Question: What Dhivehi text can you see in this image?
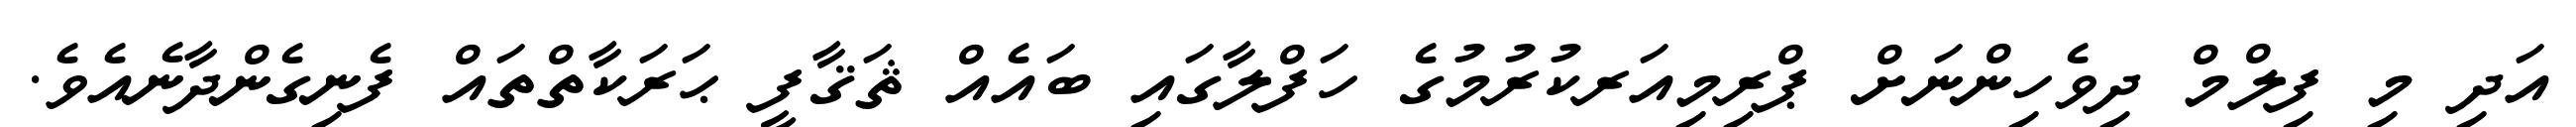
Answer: އަދި މި ފިލްމް ދިވެހިންނަށް ޕްރިމިއަރކުރުމުގެ ހަފްލާގައި ބައެއް ޘަޤާފީ ޙަރަކާތްތައް ފެނިގެންދާނެއެވެ.